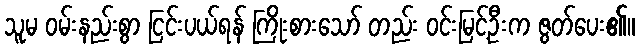
သူမ ဝမ်းနည်းစွာ ငြင်းပယ်ရန် ကြိုးစားသော် တည်း ဝင်းမြင့်ဦးက ဇွတ်ပေး၏။